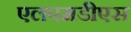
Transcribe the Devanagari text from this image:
एलएमडीएस